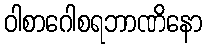
ဝါစာဂေါစရဘာဏိနော